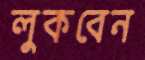
লুকবেন